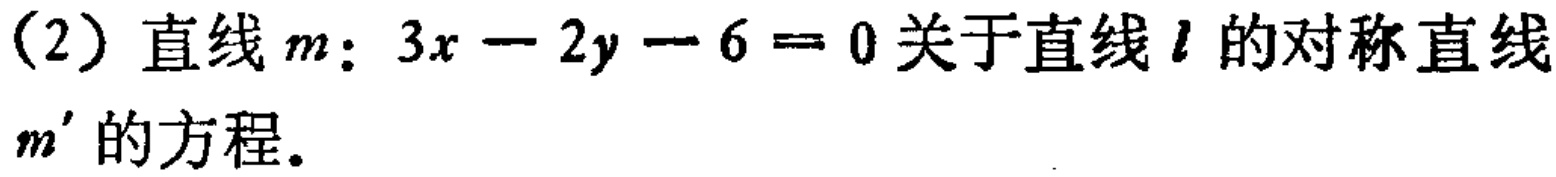
（2）直线\(m\)：\(3x - 2y - 6 = 0\)关于直线\(l\)的对称直线\(m'\)的方程。